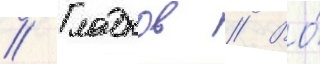
// Гладков // Во́